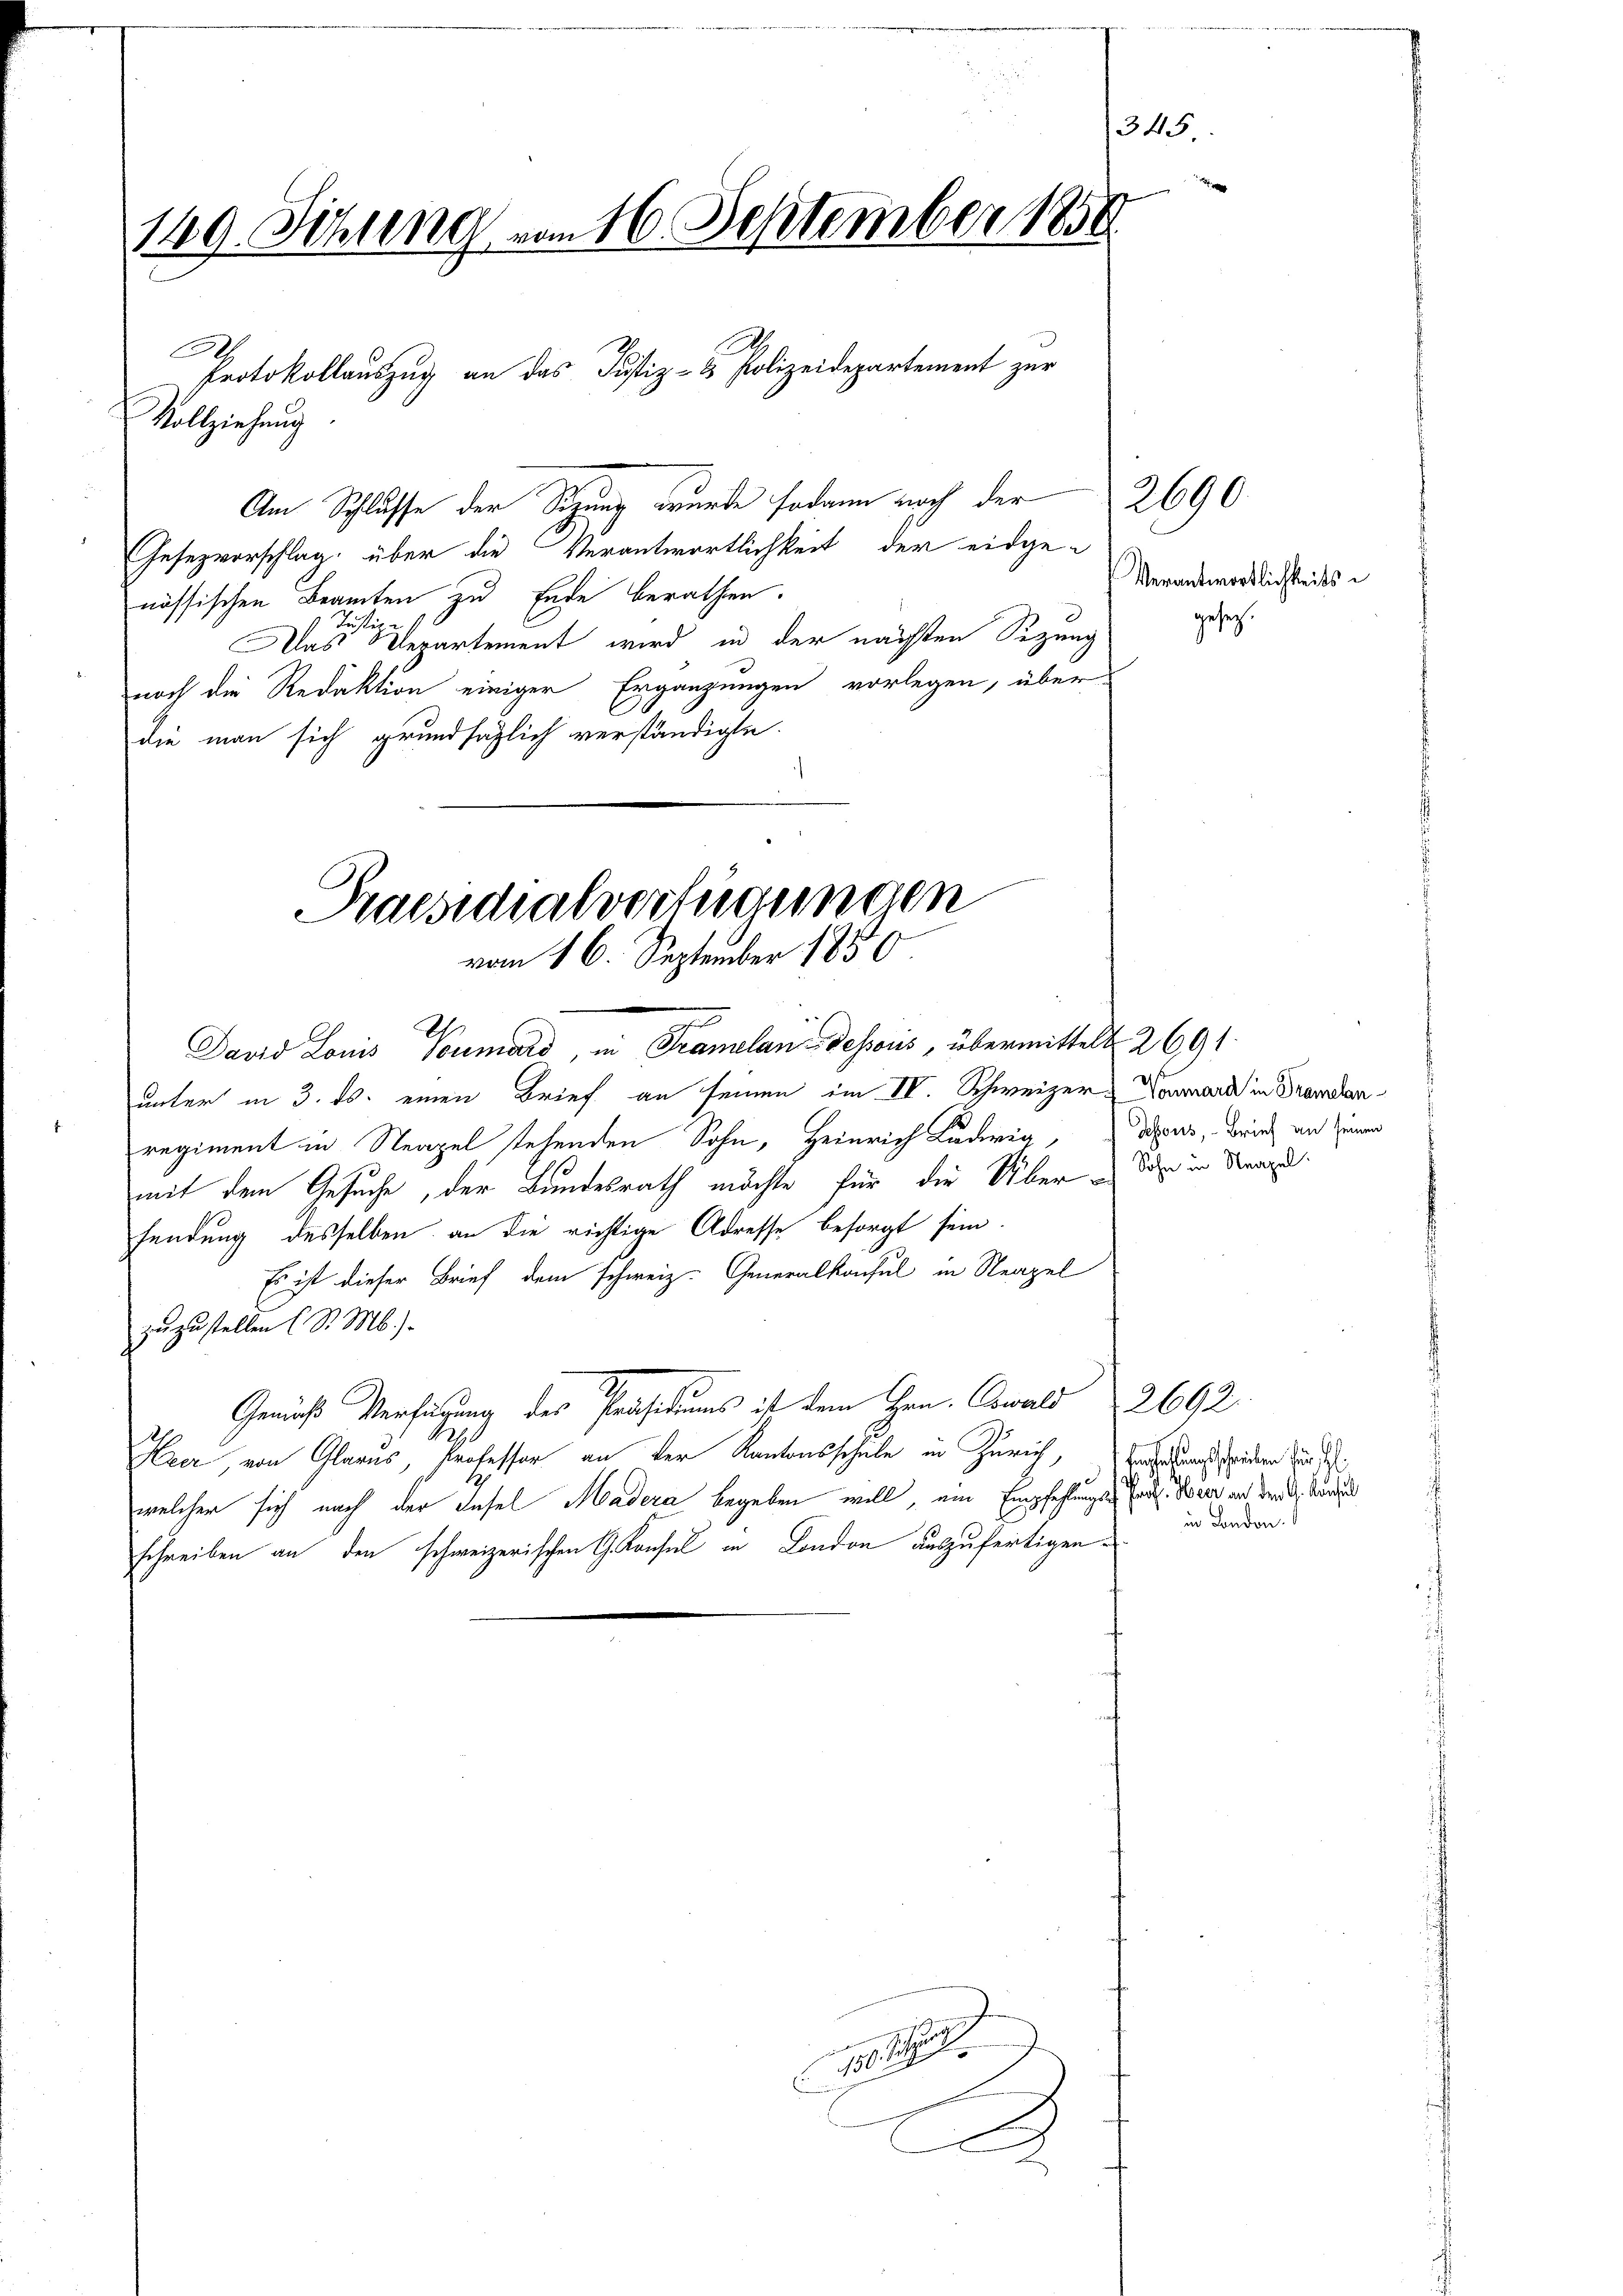
149. Sitzung vom 16. September 1850

E
Am Schlusse der Sitzung wurde sodann nach der 2690.
Gesezvorschlag über die Verantwortlichkeit der eidgenössischen Beamten zu Ende berathen.
Rechten
Das Departement wird in der nächsten Sezung
noch die Redaktion einiger Ergänzungen vorlegen, über
die man sich grundsäglich verständigte.
David Louis Neumard in Translau dessers, übermittelt. 2691.
unter in 3. ds. einen Brief an seinen im IV Schweizer-Tonmark in Transtanregiment in Neapel stehenden Sohn, Heinrich Ludwig, dens, Zürich an seiner
mit dem Gesuche, der Bundesrath möchte für die Über die in Stra
fendung desselben an die richtige Adresse besorgt sein.
Es ist dieser Brief dem schweiz. Generalkonsul in Neapel
zuzustellen (S. M.).
Gemäß Verfügung des Präsidiums ist dem Hrn. Cowald 2692.
1290
rer, von Glarus, Professor an der Kantonsschule in Zürich,
welcher sich nach der Insel Madera begeben will, ein Empfehlungs Ende Beer an der A. Kurz
schreiben an den schweizerischen G. Konsul in London auszufertigen.

Vollziehung

Praesidialverfügungen
vom 16. September 1850

Protokollauszug an das Justiz- & Polizeidepartement zur

.
.

345.

Verantwortlichkeits¬

gesetz.

Empfehlungsschreiben für H
in London.